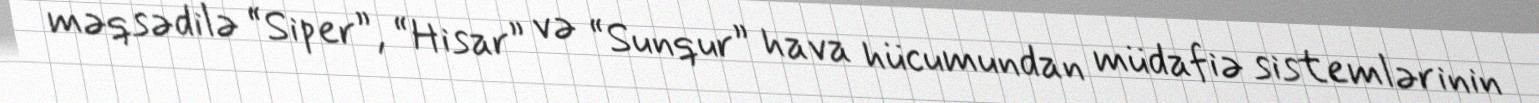
məqsədilə “Siper”, “Hisar” və “Sunqur” hava hücumundan müdafiə sistemlərinin